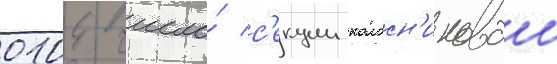
0104 число́ с'екции колосн'иковои